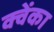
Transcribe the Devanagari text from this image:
क्वेंका